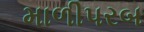
માળીપરબ